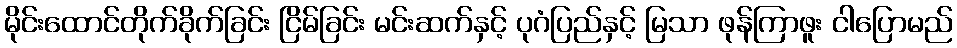
မိုင်းထောင်တိုက်ခိုက်ခြင်း ငြိမ်ခြင်း မင်းဆက်နှင့် ပုဂံပြည်နှင့် မြသာ ဖုန်ကြာဖူး ငါပြောမည်